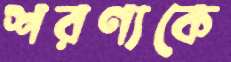
শরণ্যকে